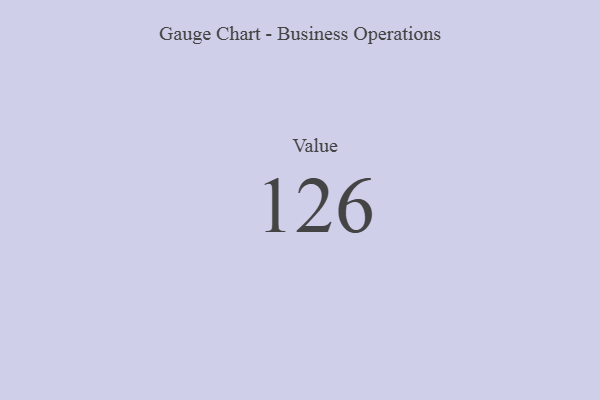
{"axis": {"x": "Metric", "y": "Value"}, "legend": [""], "data": [{"x": "Value", "y": 126, "type": ""}]}